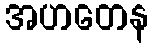
အဟတေန